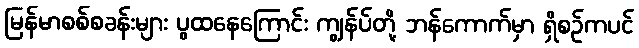
မြန်မာစစ်စခန်းများ ပွထနေကြောင်း ကျွန်ပ်တို့ ဘန်ကောက်မှာ ရှိစဉ်ကပင်